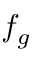
f _ { g }